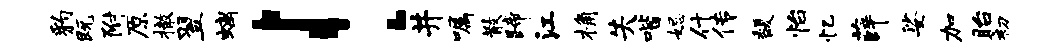
豹既附原撤翌螭！井嘱散蹄江桷失喈妃什传馥怡忆薛娑加眙初